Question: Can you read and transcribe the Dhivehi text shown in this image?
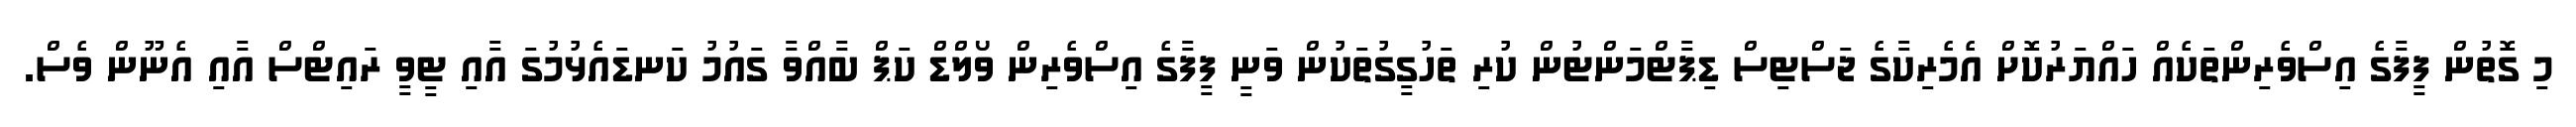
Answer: މި ގޮތުން ފީފާގެ އިސްވެރިންތަކެއް ހައްޔަރުކޮށް އެމެރިކާގެ ޖަސްޓިސް ޑިޕާޓްމަންޓުން ކުރި ތަހުގީގުތަކުން ވަނީ ފީފާގެ އިސްވެރިން ވޯލްޑް ކަޕް ބާއްވާ ގައުމު ކަނޑައެޅުމުގަ އާއި ޓީވީ ރައިޓްސް އާއި އެނޫން ވެސް.